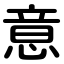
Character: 意